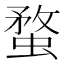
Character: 蝥